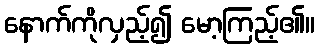
နောက်ကိုလှည့်၍ မော့ကြည့်၏။